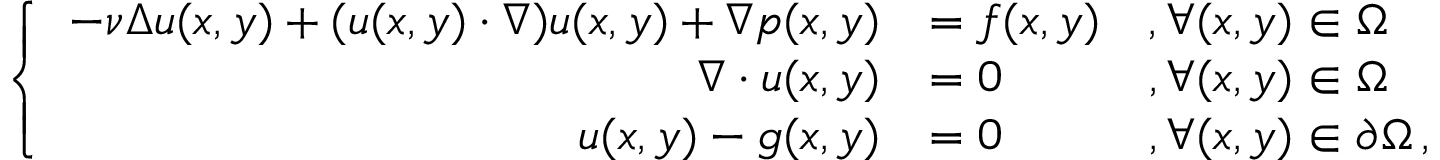
\left\{ \begin{array} { r l l } { - \nu \Delta u ( x , y ) + ( u ( x , y ) \cdot \nabla ) u ( x , y ) + \nabla p ( x , y ) } & { = f ( x , y ) } & { , \forall ( x , y ) \in \Omega } \\ { \nabla \cdot u ( x , y ) } & { = 0 } & { , \forall ( x , y ) \in \Omega } \\ { u ( x , y ) - g ( x , y ) } & { = 0 } & { , \forall ( x , y ) \in \partial \Omega \, , } \end{array} \right.